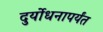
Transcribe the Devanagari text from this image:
दुर्योधनापर्यंत